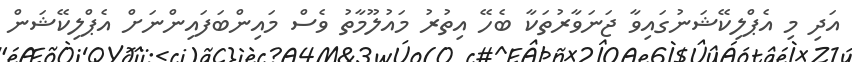
އަދި މި އެޕްލިކޭޝަނުގައިވާ ޖަނަވާރުތަކާ ބެހޭ އިތުރު މައުލޫމާތު ވެސް މައިންބަފައިންނަށް އެޕްލިކޭޝަން